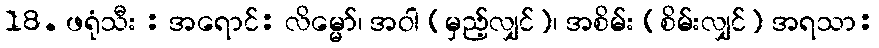
18. ဖရုံသီး : အရောင်: လိမ္မော်၊ အဝါ (မှည့်လျှင်)၊ အစိမ်း (စိမ်းလျှင်) အရသာ: